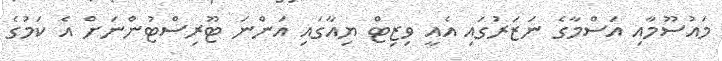
މައުސޫމާއި އަސްމާގެ ނަޒަރުގައި އެއީ ވިޒިޓް ޔިއާގައި އަންނަ ޓޫރިސްޓުންނަށް އެ ކަމުގެ